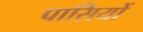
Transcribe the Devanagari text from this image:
पासियों